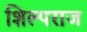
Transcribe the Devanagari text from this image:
शिल्पराज